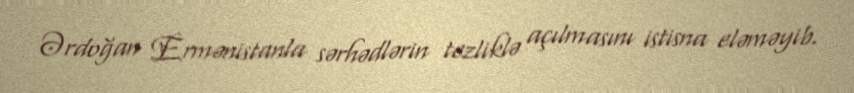
Ərdoğan Ermənistanla sərhədlərin tezliklə açılmasını istisna eləməyib.